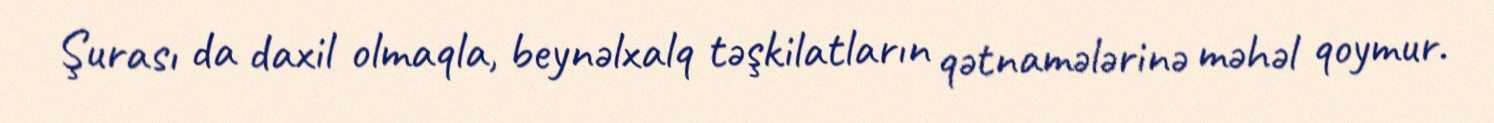
Şurası da daxil olmaqla, beynəlxalq təşkilatların qətnamələrinə məhəl qoymur.